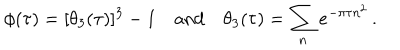
\phi ( \tau ) = [ \theta _ { 3 } ( \tau ) ] ^ { 3 } - 1 \quad \mathrm { a n d } \quad \theta _ { 3 } ( \tau ) = \sum _ { n } e ^ { - \pi \tau n ^ { 2 } } \, .